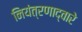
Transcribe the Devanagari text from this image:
नियंत्रणाद्वारे